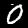
Digit: 0